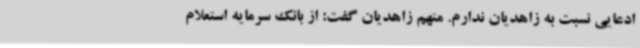
ادعایی نسبت به زاهدیان ندارم. متهم زاهدیان گفت: از بانک سرمایه استعلام